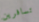
تسافرين